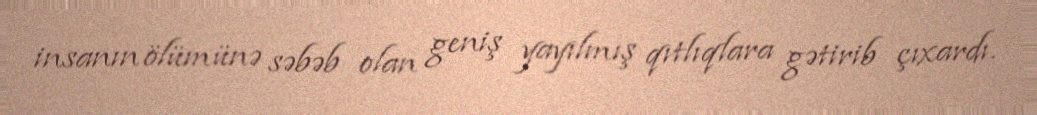
insanın ölümünə səbəb olan geniş yayılmış qıtlıqlara gətirib çıxardı.